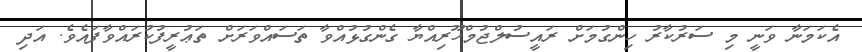
އެކަމަނާ ވަނީ މި ސަރުކާރު ހިންގުމަށް ރައީސުލްޖުމްހޫރިއްޔާ ގެންގުޅުއްވާ ތަސައްވަރަށް ތަޢުރީފުކުރައްވާފައެވެ. އަދި